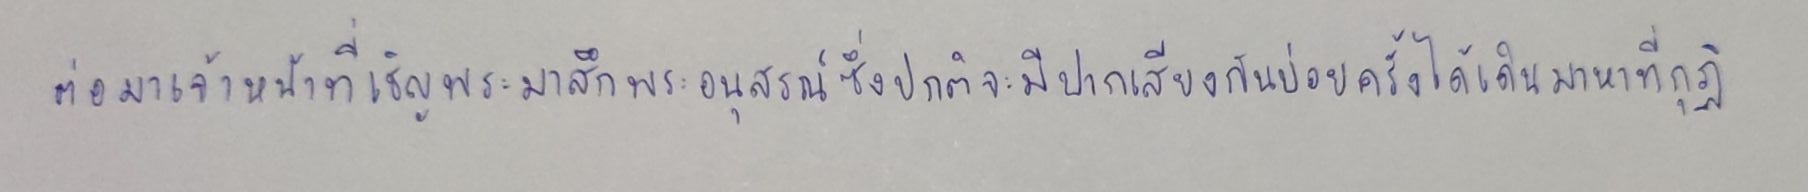
ต่อมาเจ้าหน้าที่เชิญพระมาสึกพระอนุสรณ์ซึ่งปกติจะมีปากเสียงกันบ่อยครั้งได้เดินมาหาที่กุฏิ